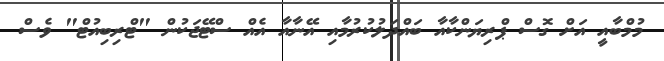
މުމްބާއީ އަށް ގޮސް ޕްރިޔަންކާއާ ބައްދަލުކުރުމާއި އޭނާއާ އެއް ސްޓޭޖަކުން "ޓްރިބިއުޓް" ވެސް